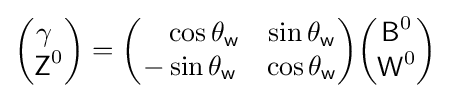
{\begin{pmatrix}\gamma ~\\{\textsf {Z}}^{0}\end{pmatrix}}={\begin{pmatrix}\quad \cos \theta _{\textsf {w}}&\sin \theta _{\textsf {w}}\\-\sin \theta _{\textsf {w}}&\cos \theta _{\textsf {w}}\end{pmatrix}}{\begin{pmatrix}{\textsf {B}}^{0}\\{\textsf {W}}^{0}\end{pmatrix}}